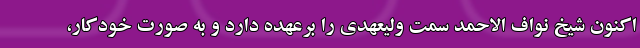
اکنون شیخ نواف الاحمد سمت ولیعهدی را برعهده دارد و به صورت خودکار،